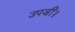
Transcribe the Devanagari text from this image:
उपजीं।